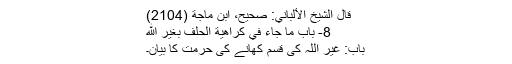
قال الشيخ الألباني: صحيح، ابن ماجة (2104)
8- باب مَا جَاءَ فِي كَرَاهِيَةِ الْحَلِفِ بِغَيْرِ اللَّهِ
باب: غیر اللہ کی قسم کھانے کی حرمت کا بیان۔